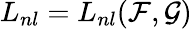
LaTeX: L_{nl}=L_{nl}(\mathcal{F},\mathcal{G})